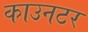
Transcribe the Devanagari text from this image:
काउनटर